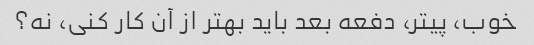
خوب، پیتر، دفعه بعد باید بهتر از آن کار کنی، نه؟